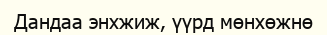
Дандаа энхжиж, үүрд мөнхөжнө